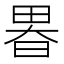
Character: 𤲉